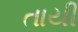
તાયી